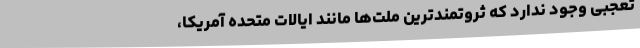
تعجبی وجود ندارد که ثروتمندترین ملت‌ها مانند ایالات متحده آمریکا،